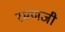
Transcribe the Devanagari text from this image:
रमणजी